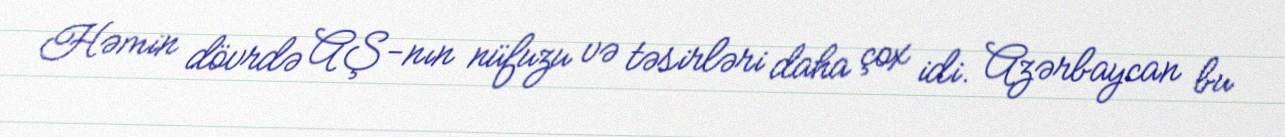
Həmin dövrdə AŞ-nın nüfuzu və təsirləri daha çox idi. Azərbaycan bu